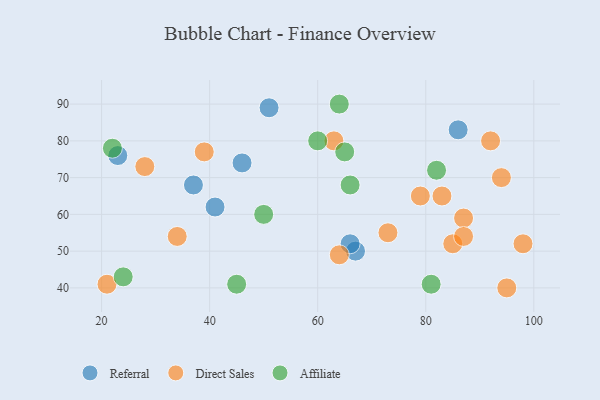
{"axis": {"x": "GDP", "y": "Life Expectancy"}, "legend": ["Affiliate", "Direct Sales", "Referral"], "data": [{"x": "23", "y": 76, "type": "Referral"}, {"x": "46", "y": 74, "type": "Referral"}, {"x": "41", "y": 62, "type": "Referral"}, {"x": "37", "y": 68, "type": "Referral"}, {"x": "67", "y": 50, "type": "Referral"}, {"x": "51", "y": 89, "type": "Referral"}, {"x": "66", "y": 52, "type": "Referral"}, {"x": "86", "y": 83, "type": "Referral"}, {"x": "63", "y": 80, "type": "Direct Sales"}, {"x": "34", "y": 54, "type": "Direct Sales"}, {"x": "73", "y": 55, "type": "Direct Sales"}, {"x": "98", "y": 52, "type": "Direct Sales"}, {"x": "94", "y": 70, "type": "Direct Sales"}, {"x": "79", "y": 65, "type": "Direct Sales"}, {"x": "64", "y": 49, "type": "Direct Sales"}, {"x": "87", "y": 59, "type": "Direct Sales"}, {"x": "95", "y": 40, "type": "Direct Sales"}, {"x": "85", "y": 52, "type": "Direct Sales"}, {"x": "28", "y": 73, "type": "Direct Sales"}, {"x": "39", "y": 77, "type": "Direct Sales"}, {"x": "87", "y": 54, "type": "Direct Sales"}, {"x": "92", "y": 80, "type": "Direct Sales"}, {"x": "21", "y": 41, "type": "Direct Sales"}, {"x": "83", "y": 65, "type": "Direct Sales"}, {"x": "65", "y": 77, "type": "Affiliate"}, {"x": "82", "y": 72, "type": "Affiliate"}, {"x": "45", "y": 41, "type": "Affiliate"}, {"x": "22", "y": 78, "type": "Affiliate"}, {"x": "64", "y": 90, "type": "Affiliate"}, {"x": "81", "y": 41, "type": "Affiliate"}, {"x": "66", "y": 68, "type": "Affiliate"}, {"x": "60", "y": 80, "type": "Affiliate"}, {"x": "50", "y": 60, "type": "Affiliate"}, {"x": "24", "y": 43, "type": "Affiliate"}]}